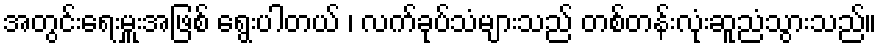
အတွင်းရေးမှူးအဖြစ် ရွေးပါတယ် ၊ လက်ခုပ်သံများသည် တစ်တန်းလုံးဆူညံသွားသည်။